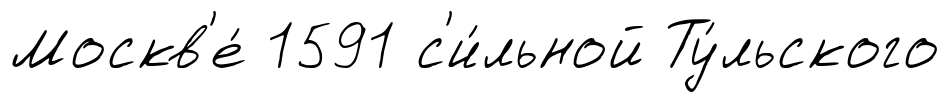
Москв'е́ 1591 с'и́льной Ту́льского